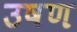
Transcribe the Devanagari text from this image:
उषण